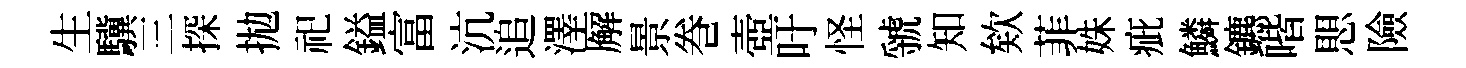
生驥三探拋祀鎰富沆追澤廨景巻壺吁怪虢知欸菲姝疵鱗鑣喈愳險